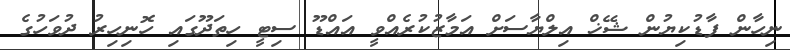
ނިހާން ފާޑުކިޔުން ޝޭޚް އިލްޔާސަށް އަމާޒުކުރެއްވީ އައްޑޫ ސިޓީ ހިތަދޫގައި ހޮނިހިރު ދުވަހުގެ